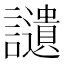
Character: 讉